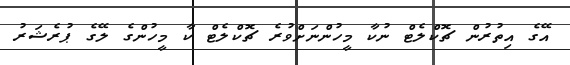
އޭގެ އިތުރުން ޗޮކްލެޓް ނުކާ މީހުންނަށްވުރެ ޗޮކްލެޓް ކާ މީހުންގެ ލޭގެ ޕުރެޝަރު